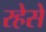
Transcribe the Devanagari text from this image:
रहेसे